Leaving Certificate Examination, 1916
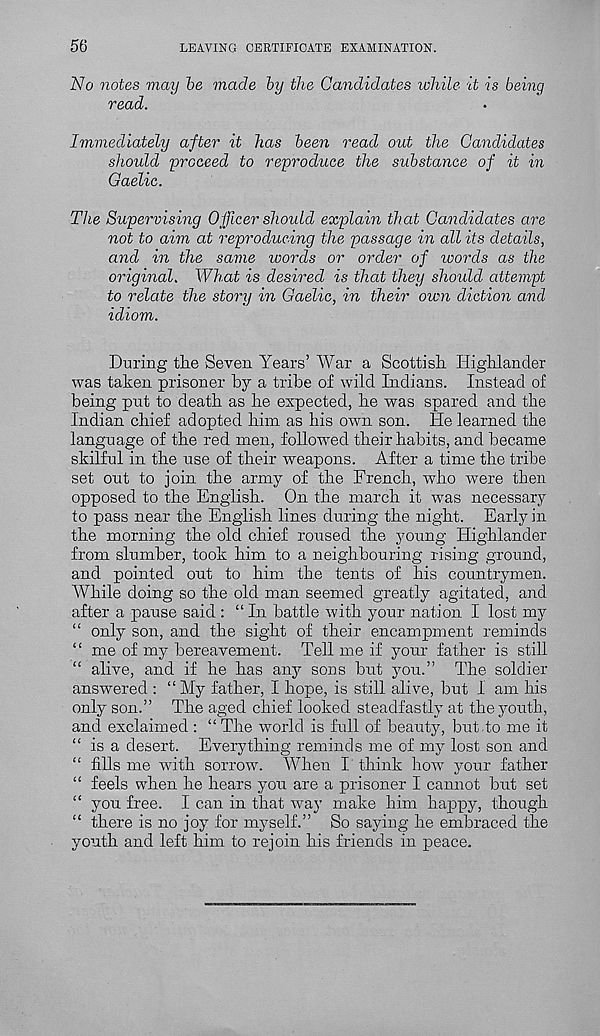
56
LEAVING CERTIFICATE EXAMINATION.
jVo notes may be made by the Candidates while it is being
read.
Immediately after it has been read out the Candidates
should proceed to reproduce the substance of it in
Gaelic.
The Supervising Officer should explain that Candidates are
not to aim at reproducing the passage in all its details,
and in the same words or order of words as the
original. What is desired is that they should attempt
to relate the story in Gaelic, in their own diction and
idiom.
During the Seven Years’ War a Scottish Highlander
was taken prisoner by a tribe of wild Indians. Instead of
being put to death as he expected, he was spared and the
Indian chief adopted him as his own son. He learned the
language of the red men, followed their habits, and became
skilful in the use of their weapons. After a time the tribe
set out to join the army of the French, who were then
opposed to the English. On the march it w r as necessary
to pass near the English lines during the night. Early in
the morning the old chief roused the young Highlander
from slumber, took him to a neighbouring rising ground,
and pointed out to him the tents of his countrymen.
AYhile doing so the old man seemed greatly agitated, and
after a pause said : “In battle with your nation I lost my
“ only son, and the sight of their encampment reminds
“ me of my bereavement. Tell me if your father is still
“ alive, and if he has any sons but you.” The soldier
answered : “My father, I hope, is still alive, but 1 am his
only son.” The aged chief looked steadfastly at the youth,
and exclaimed : “ The world is full of beauty, but .to me it
“ is a desert. Everything reminds me of my lost son and
“ fills me with sorrow. When I think how your father
“ feels when he hears you are a prisoner I cannot but set
“ you free. I can in that way make him happy, though
“ there is no joy for myself.” So saying he embraced the
youth and left him to rejoin his friends in peace.